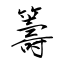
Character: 籌